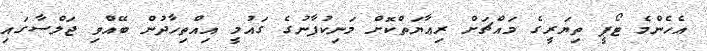
އެހެންމެ ޓޯޕީ ތިޔަރީގެ މައްޗަށް ރިޢާޔަތްކޮށް މަނިކުފާނުގެ ގައުމީ އިއްތިހާދުން ބޭއްވި ޖަލްސާގައި